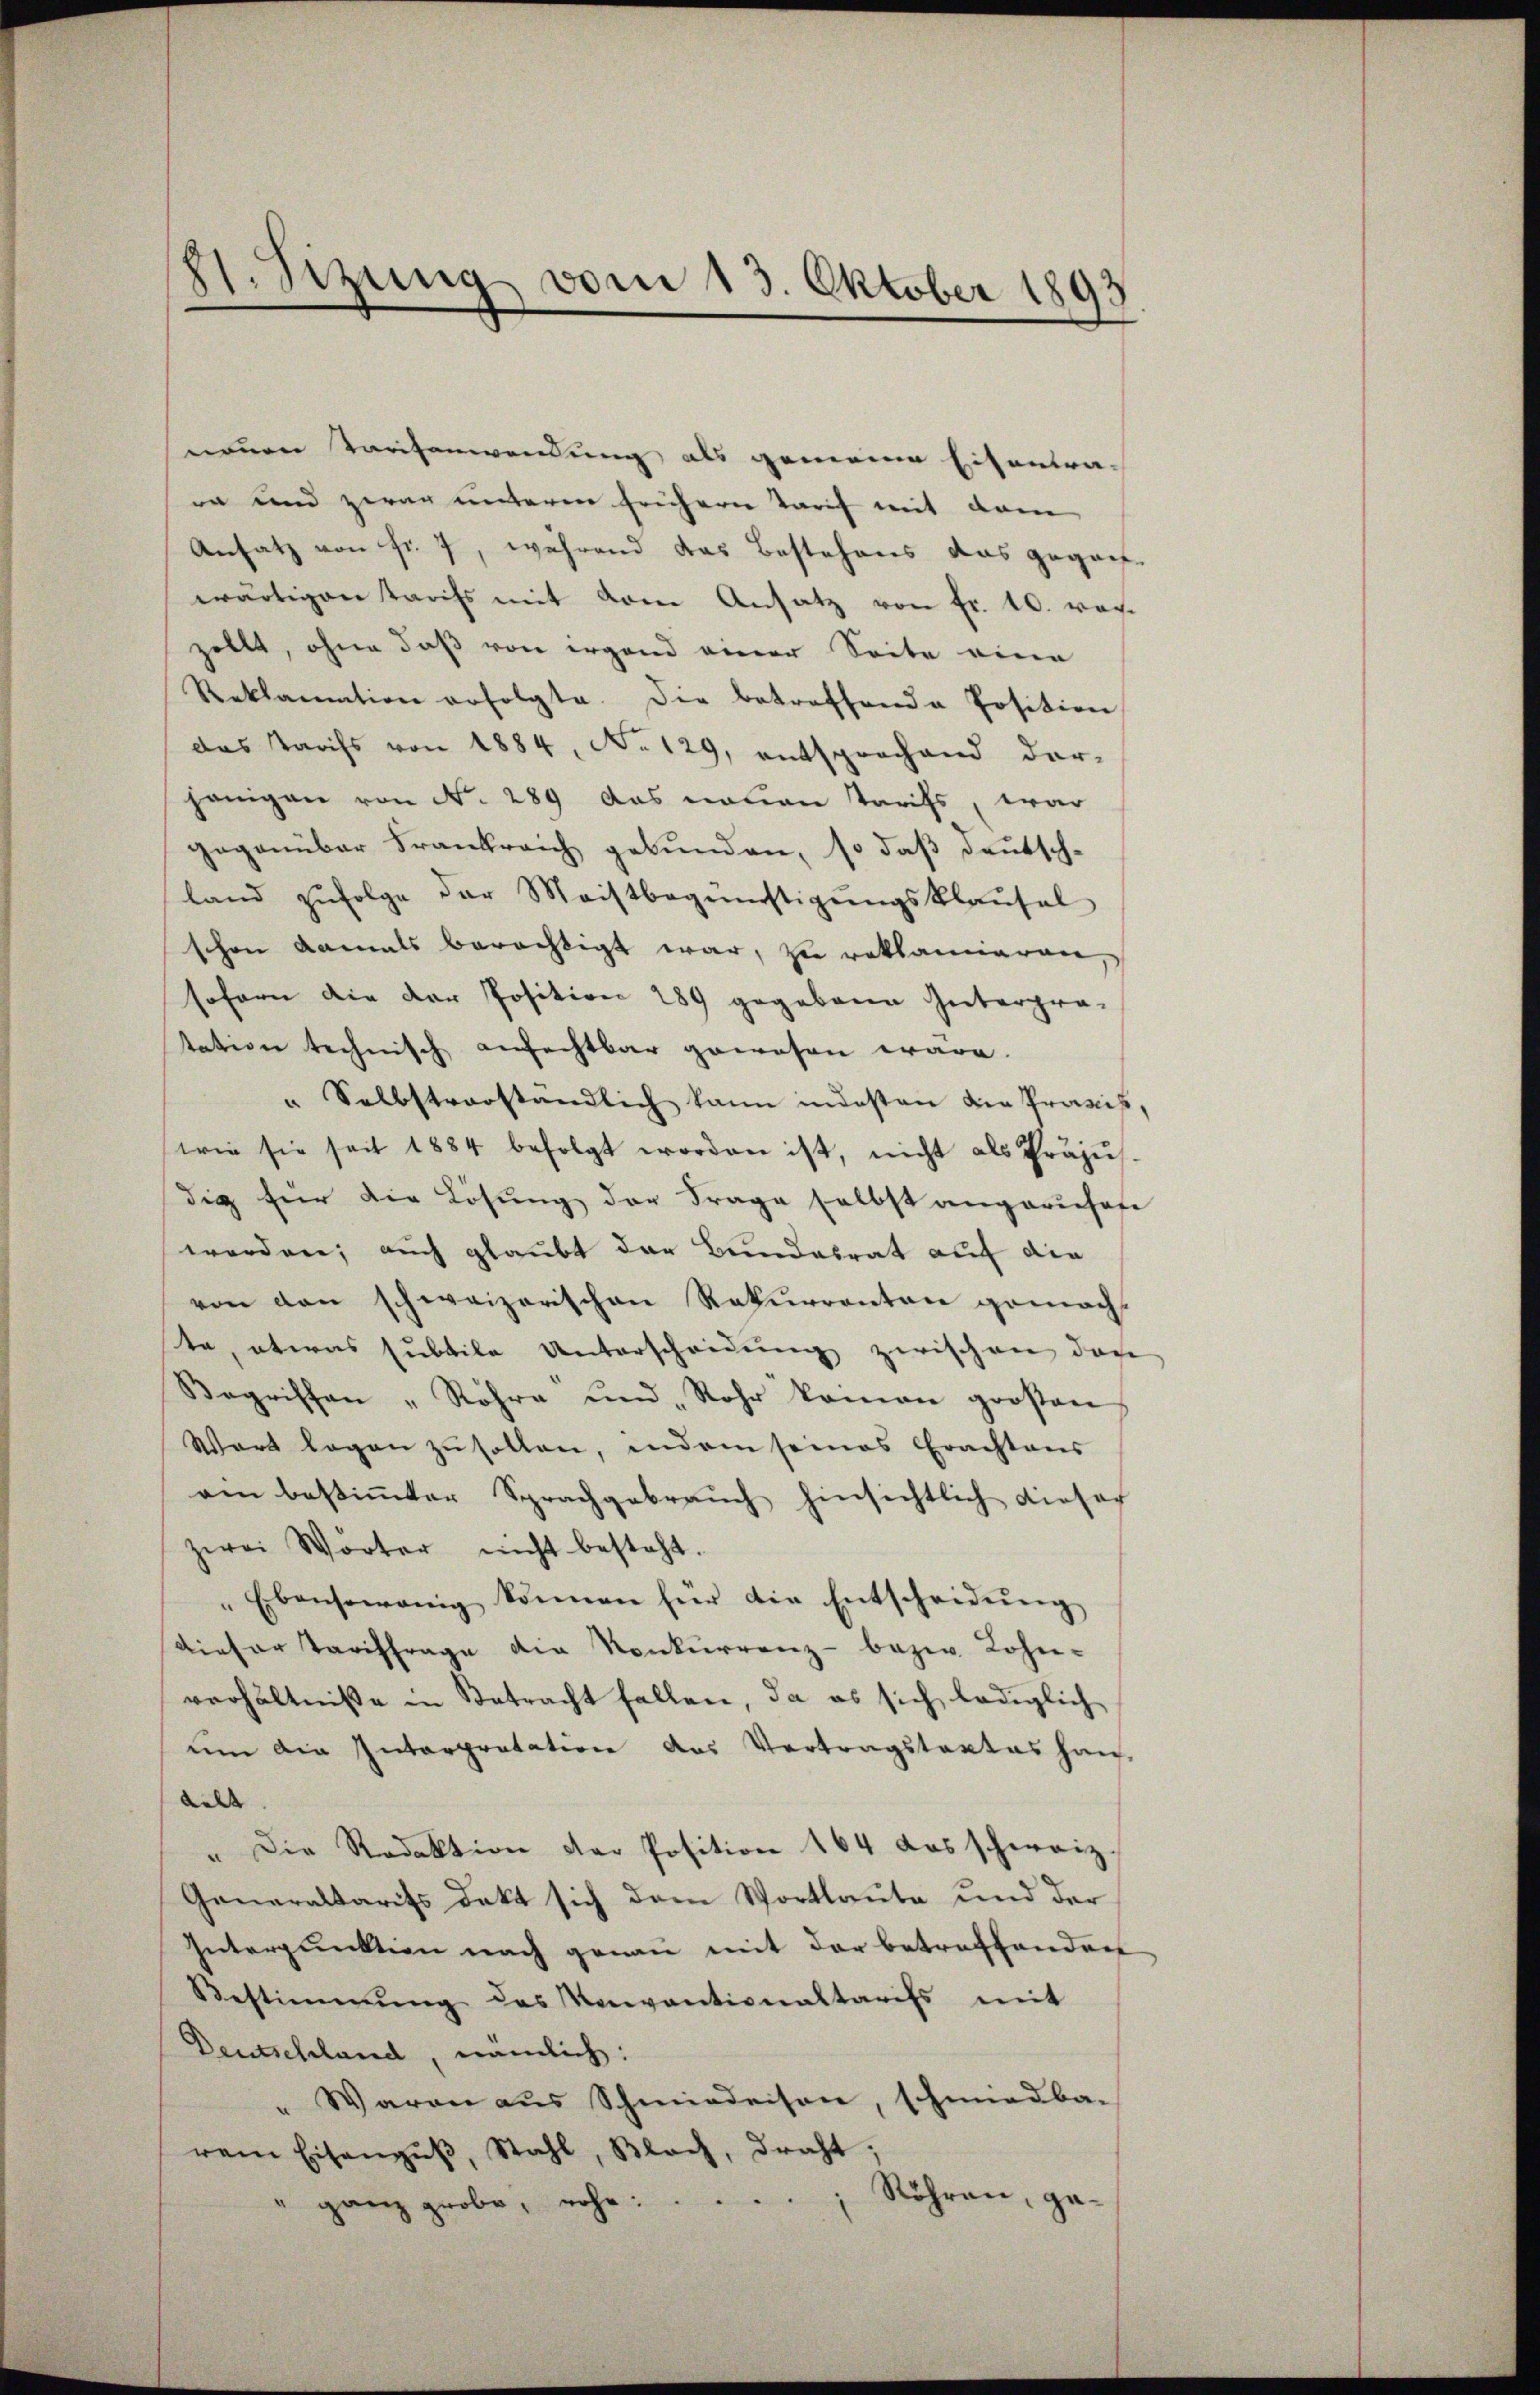
11. Sizung vom 13. Oktober 1893

neuen Tarifenwendung als gemeine Eisantra-
ea und zwar unteren frühern Tarif mit dem
Ansatz von fr. 7, während das Bestehens das gegrifwärtigen Tarifs mit vom Ansatz von Fr. 10. vorzollt, ohne daß von irgend einer Seite eine
Reklamation erfolgte. Die betreffende Position
das Tarifs von 1884, No 129, entsprochend dar-
jenigen von N. 289 das neuen Tarifs, war
gegenüber Frankreich gebunden, so daß deutsch-
land zŭfolge der Meistbegünstigŭngsklaŭsel
schen damals berechtigt war, zu reklamieren,
sofern die der Position 289 gegebene Güterprä-
tation technisch anfechtbar gewesen wäre.
" Selbstverständlich kann indesten die Praxis,
(wie sie seit 1884 befolgt worden ist, nicht als Präjŭs.
dig für die Lösung der Frage selbst angeruhofe
werden; auch glaubt der Bundesrat auf die
von den schweizerischen Rekurrenten gemacht
te, etwas subtile Unterscheidung zwischen den
Begriffen „Röhre und Rohr kamen großen
Wart legen zŭ sollen, indem seines Erachtens
ven bestimmter Sprachgebrauch hinsichtlich dieser
zwei Wörter nicht besteht.
Ebensowenig können für die Entscheidŭng
dieser Tariffrage die Konkurrenz- bezw. Lohn-
verhältniße in Betracht fallen, da es sich lediglich
um die Interpretation des Vertragstaxtes han-
delt. |
" Die Redaktion der Position 164 das schweiz.
Generaltarifs dekt sich dem Wortlaute und der
Interpunktion nach genau mit der betreffenden
Bestimmung des Konventionaltarifs mit
Deutschland, nämlich:
" Waren aus Schmiedeisen, schmiedba-
rem Eisangŭβ, Stahl, Blach, draht;
ganz grobe, nahe.  ..  .. .. Röhren, ge-